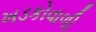
ખડકોવાળી